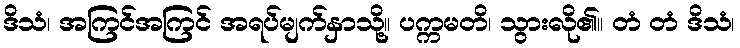
ဒိသံ၊ အကြင်အကြင် အရပ်မျက်နှာသို့။ ပက္ကမတိ၊ သွားလို၏။ တံ တံ ဒိသံ၊